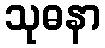
သုဓနာ